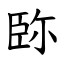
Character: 䑐